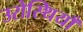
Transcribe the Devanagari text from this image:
उरोस्थियाँ